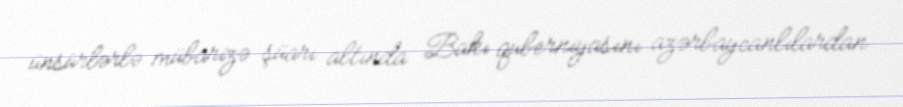
ünsürlərlə mübarizə şüarı altında Bakı quberniyasını azərbaycanlılardan